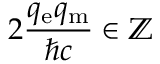
2 { \frac { q _ { \mathrm { e } } q _ { \mathrm { m } } } { \hbar c } } \in \mathbb { Z }